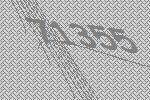
71355